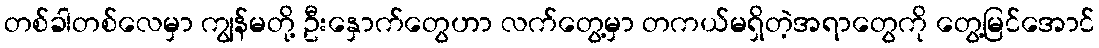
တစ်ခါတစ်လေမှာ ကျွန်မတို့ ဦးနှောက်တွေဟာ လက်တွေ့မှာ တကယ်မရှိတဲ့အရာတွေကို တွေ့မြင်အောင်